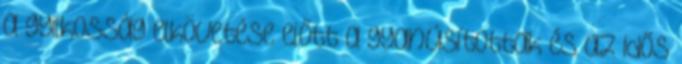
a gyilkosság elkövetése előtt a gyanúsítottak és az idős